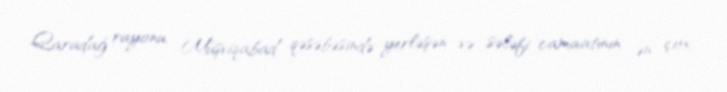
Qaradağ rayonu, Müşviqabad qəsəbəsində yerləşən və sələfi camaatının ən çox